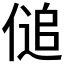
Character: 𰂨